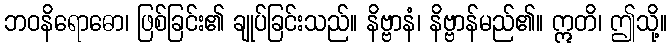
ဘဝနိရောဓော၊ ဖြစ်ခြင်း၏ ချုပ်ခြင်းသည်။ နိဗ္ဗာနံ၊ နိဗ္ဗာန်မည်၏။ ဣတိ၊ ဤသို့။